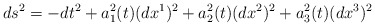
\begin{align*}ds^2=-dt^2+a_1^2(t)(dx^1)^2+a_2^2(t)(dx^2)^2+a_3^2(t)(dx^3)^2 \end{align*}